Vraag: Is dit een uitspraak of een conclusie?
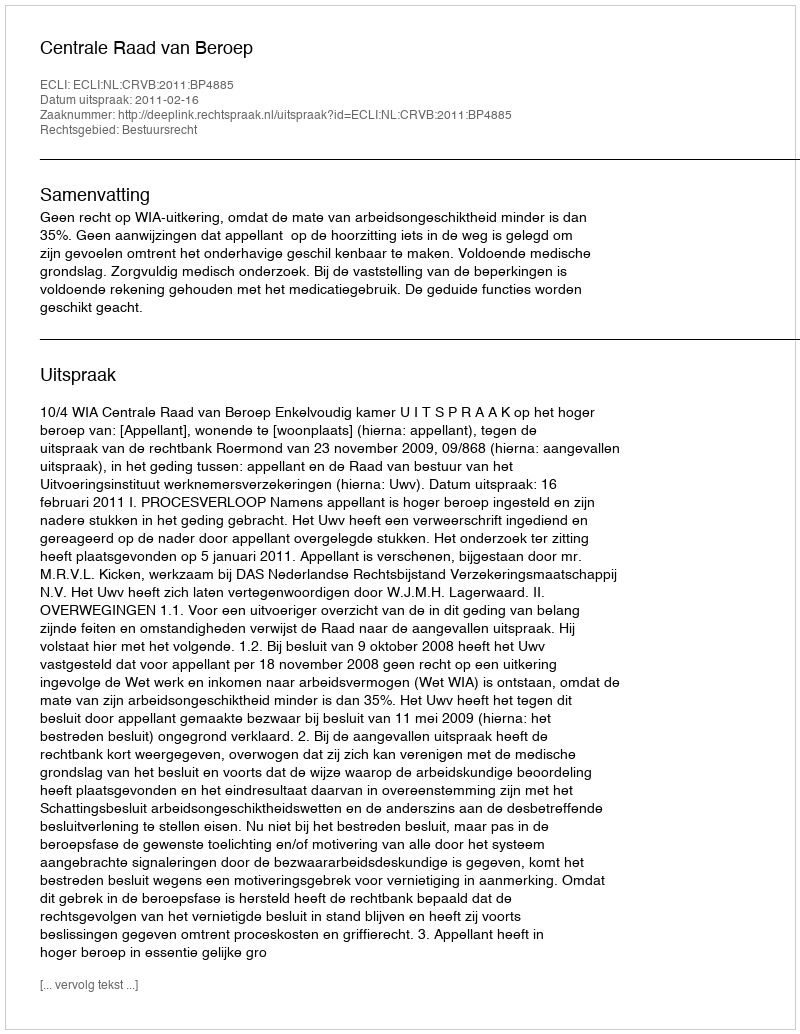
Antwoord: Uitspraak